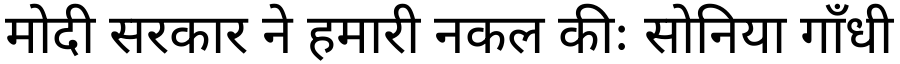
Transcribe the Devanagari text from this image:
मोदी सरकार ने हमारी नकल कीः सोनिया गाँधी